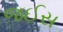
જઈસ